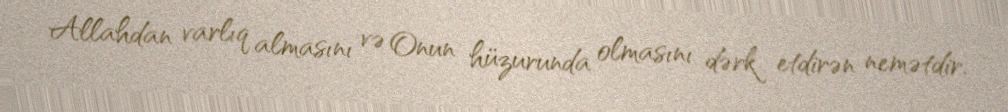
Allahdan varlıq almasını və Onun hüzurunda olmasını dərk etdirən nemətdir.